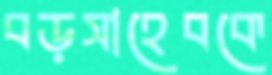
বড়সাহেবকে